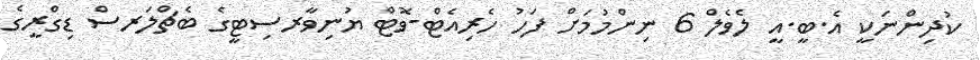
ކުދިންނަކީ އެ.ބީ.އީ ލެވެލް 6 ނިންމުމަށް ފަހު ހެރިއެޓް-ވޮޓް ޔުނިވާރސިޓީގެ ބެޗްލަރސް ޑިގްރީގެ